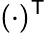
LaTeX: (\cdot)^{\textsf{T}}